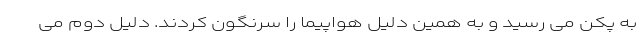
به پکن می رسید و به همین دلیل هواپیما را سرنگون کردند. دلیل دوم می